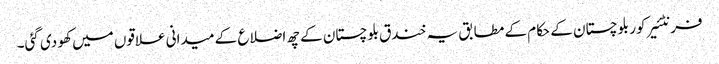
فرنٹئیر کور بلوچستان کے حکام کے مطابق یہ خندق بلوچستان کے چھ اضلاع کے میدانی علاقوں میں کھو دی گئی۔